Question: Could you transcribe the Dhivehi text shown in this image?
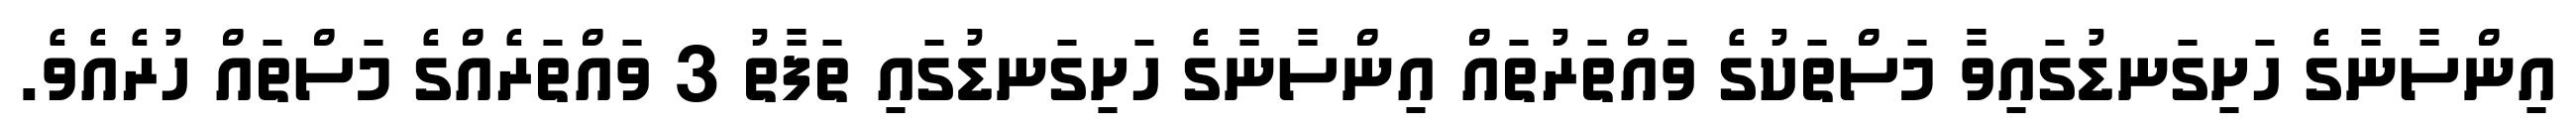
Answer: އިންސާނާގެ ހަށިގަނޑުގައިވާ މަސްތަކުގެ ވައްތަރުތައް އިންސާނާގެ ހަށިގަނޑުގައި ތަފާތު 3 ވައްތަރެއްގެ މަސްތައް ހުރެއެވެ.